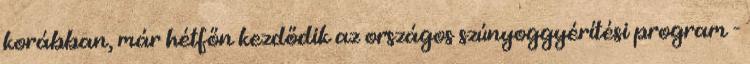
korábban, már hétfőn kezdődik az országos szúnyoggyérítési program -